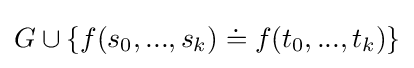
G\cup \{f(s_{0},...,s_{k})\doteq f(t_{0},...,t_{k})\}